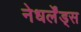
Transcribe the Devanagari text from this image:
नेधर्लेंड्स